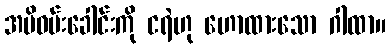
အမိဝမ်းခေါင်းကို ငရဲဟု ဟောထားသော ဂါထာ။